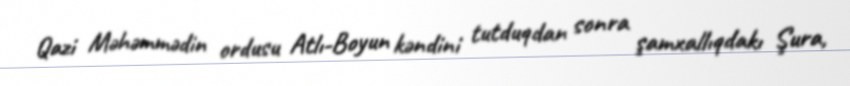
Qazi Məhəmmədin ordusu Atlı-Boyun kəndini tutduqdan sonra şamxallıqdakı Şura,